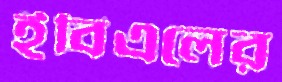
ইবিএলের